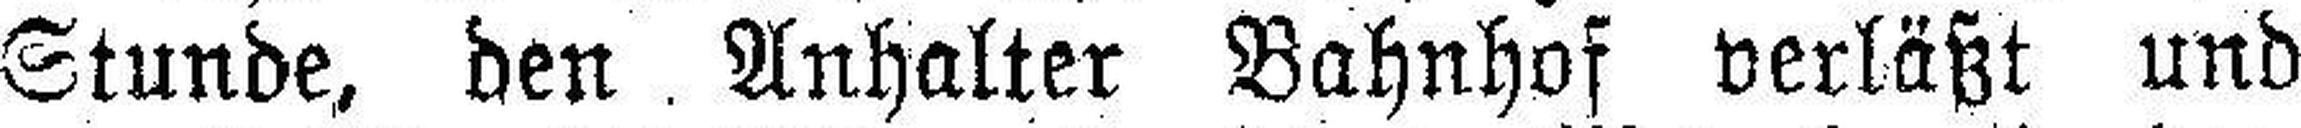
Stunde, den Anhalter Bahnhof verläßt und